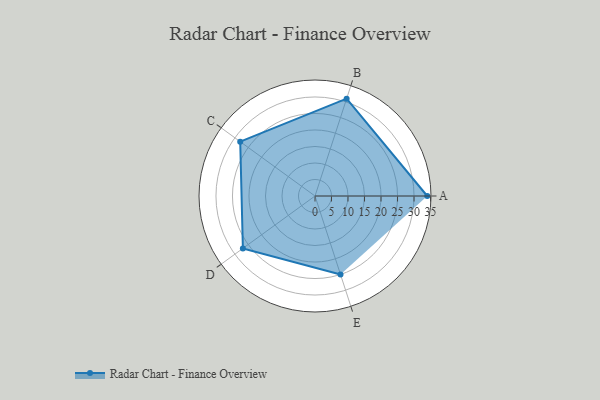
{"axis": {"x": "Skill", "y": "Score"}, "legend": ["Profile"], "data": [{"x": "A", "y": 34.0, "type": "Profile"}, {"x": "B", "y": 31.0, "type": "Profile"}, {"x": "C", "y": 28.0, "type": "Profile"}, {"x": "D", "y": 27.0, "type": "Profile"}, {"x": "E", "y": 25.0, "type": "Profile"}]}